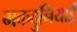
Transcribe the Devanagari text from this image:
मकदुनियाई